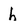
Character: h